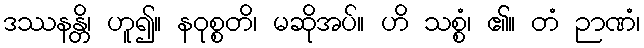
ဒဿနန္တိ၊ ဟူ၍။ နဝုစ္စတိ၊ မဆိုအပ်။ ဟိ သစ္စံ၊ ၏။ တံ ဉာဏံ၊